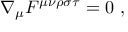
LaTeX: \nabla _ { \mu } F ^ { \mu \nu \rho \sigma \tau } = 0 ~ ,